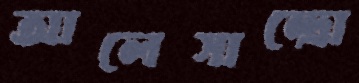
আলেসান্দ্রো